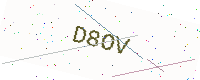
Text: D8OV